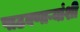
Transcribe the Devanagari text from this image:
पाठवणाऱ्यांशी